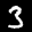
Label: 3